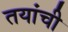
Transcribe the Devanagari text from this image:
तयांची